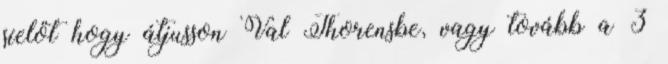
síelőt hogy átjusson Val Thorensbe, vagy tovább a 3